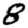
Digit: 8